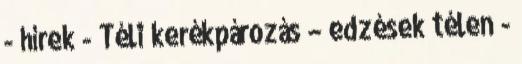
- hírek - Téli kerékpározás – edzések télen -